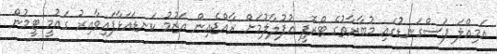
އަމިއްލަ ފަސްގަނޑުގައި މުބާރާތުގެ ޓްރޮފީ އުފުލާލުމަށް ރާއްޖެއިން އަޒުމު ކަނޑައަޅާފައިވާއިރު ގައުމީ ޓީމުން